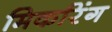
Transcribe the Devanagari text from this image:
मिकरिंग